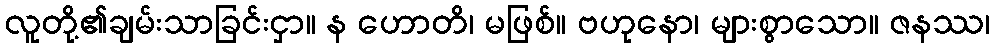
လူတို့၏ချမ်းသာခြင်းငှာ။ န ဟောတိ၊ မဖြစ်။ ဗဟုနော၊ များစွာသော။ ဇနဿ၊